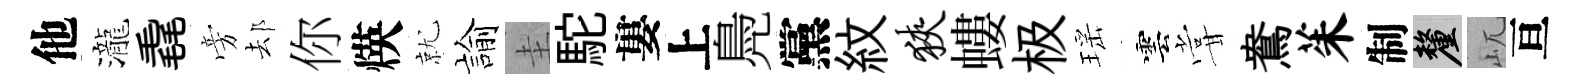
他瀧毳旁𨚫你煐就諭圭駝婁上鳧黨紋狭螻极瑶雲甞鴦茱制厘屼亘